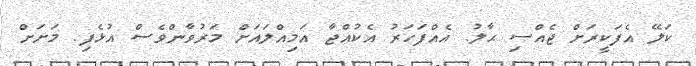
ކަލޭ އެފަކީރަށް ޖެއްސި ޙާލު. އެއްފަހަރު އެކުއްޖާ އަމިއްލައަށް މަރުވާންވެސް އުޅެފި. މަށަށް